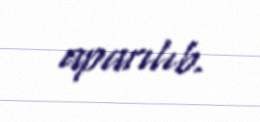
aparılıb.